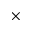
\times